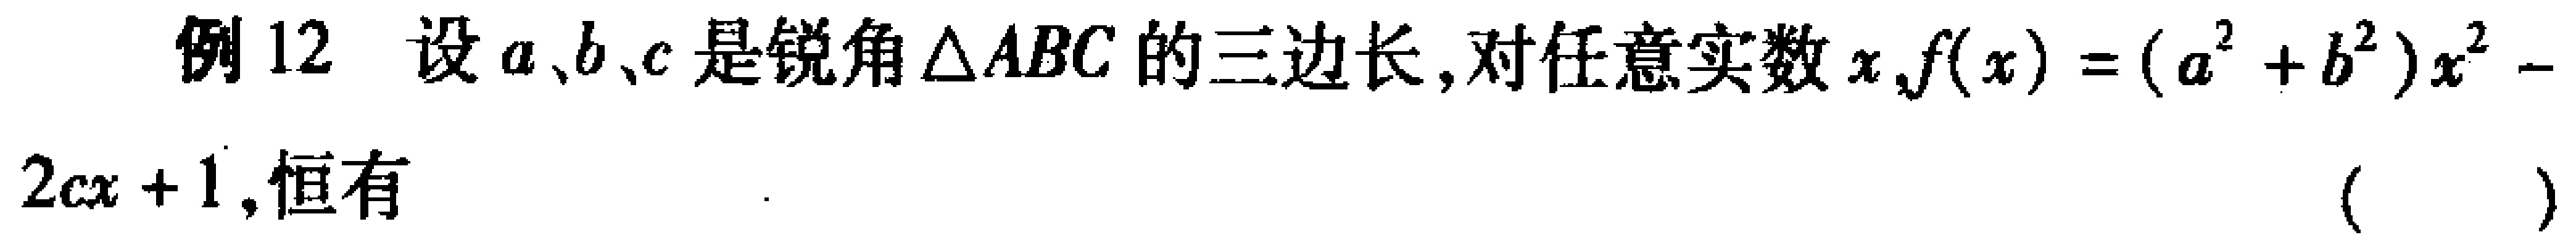
例12 设\(a、b、c\)是锐角\(\triangle ABC\)的三边长,对任意实数\(x,f(x)=(a^{2}+b^{2})x^{2}-2cx + 1\),恒有 （  ）